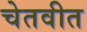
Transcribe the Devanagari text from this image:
चेतवीत